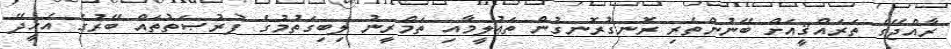
ރާއްޖޭގެ ތަރައްޤީއަށް ބޭނުންތެރި ރޮނގުރޮނގުން ތަޢުލީމާއި ތަމްރީނު ލިބިގަތުމުގެ ފުރުޞަތުތައް ބޭރުގެ އެހީދޭ